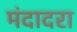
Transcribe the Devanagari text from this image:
मंदादरा